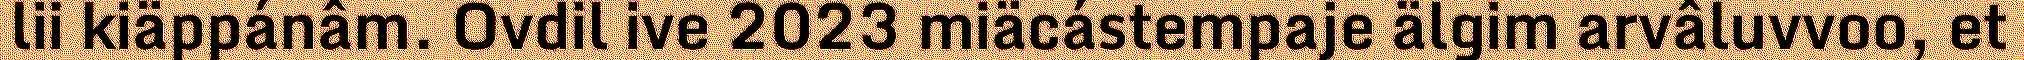
lii kiäppánâm. Ovdil ive 2023 miäcástempaje älgim arvâluvvoo, et